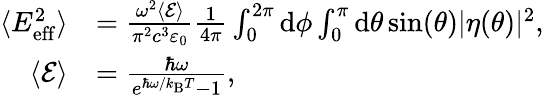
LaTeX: \begin{array}{rl}{\langle E_{\mathrm{eff}}^{2}\rangle}&{=\frac{\omega^{2}\langle\mathcal{E}\rangle}{\pi^{2}c^{3}\varepsilon_{0}}\frac{1}{4\pi}\int_{0}^{2\pi}\mathrm{d}\phi\int_{0}^{\pi}\mathrm{d}\theta\sin(\theta)|\eta(\theta)|^{2},}\\ {\langle\mathcal{E}\rangle}&{=\frac{\hbar\omega}{e^{\hbar\omega/k_{\mathrm{B}}T}-1},}\end{array}